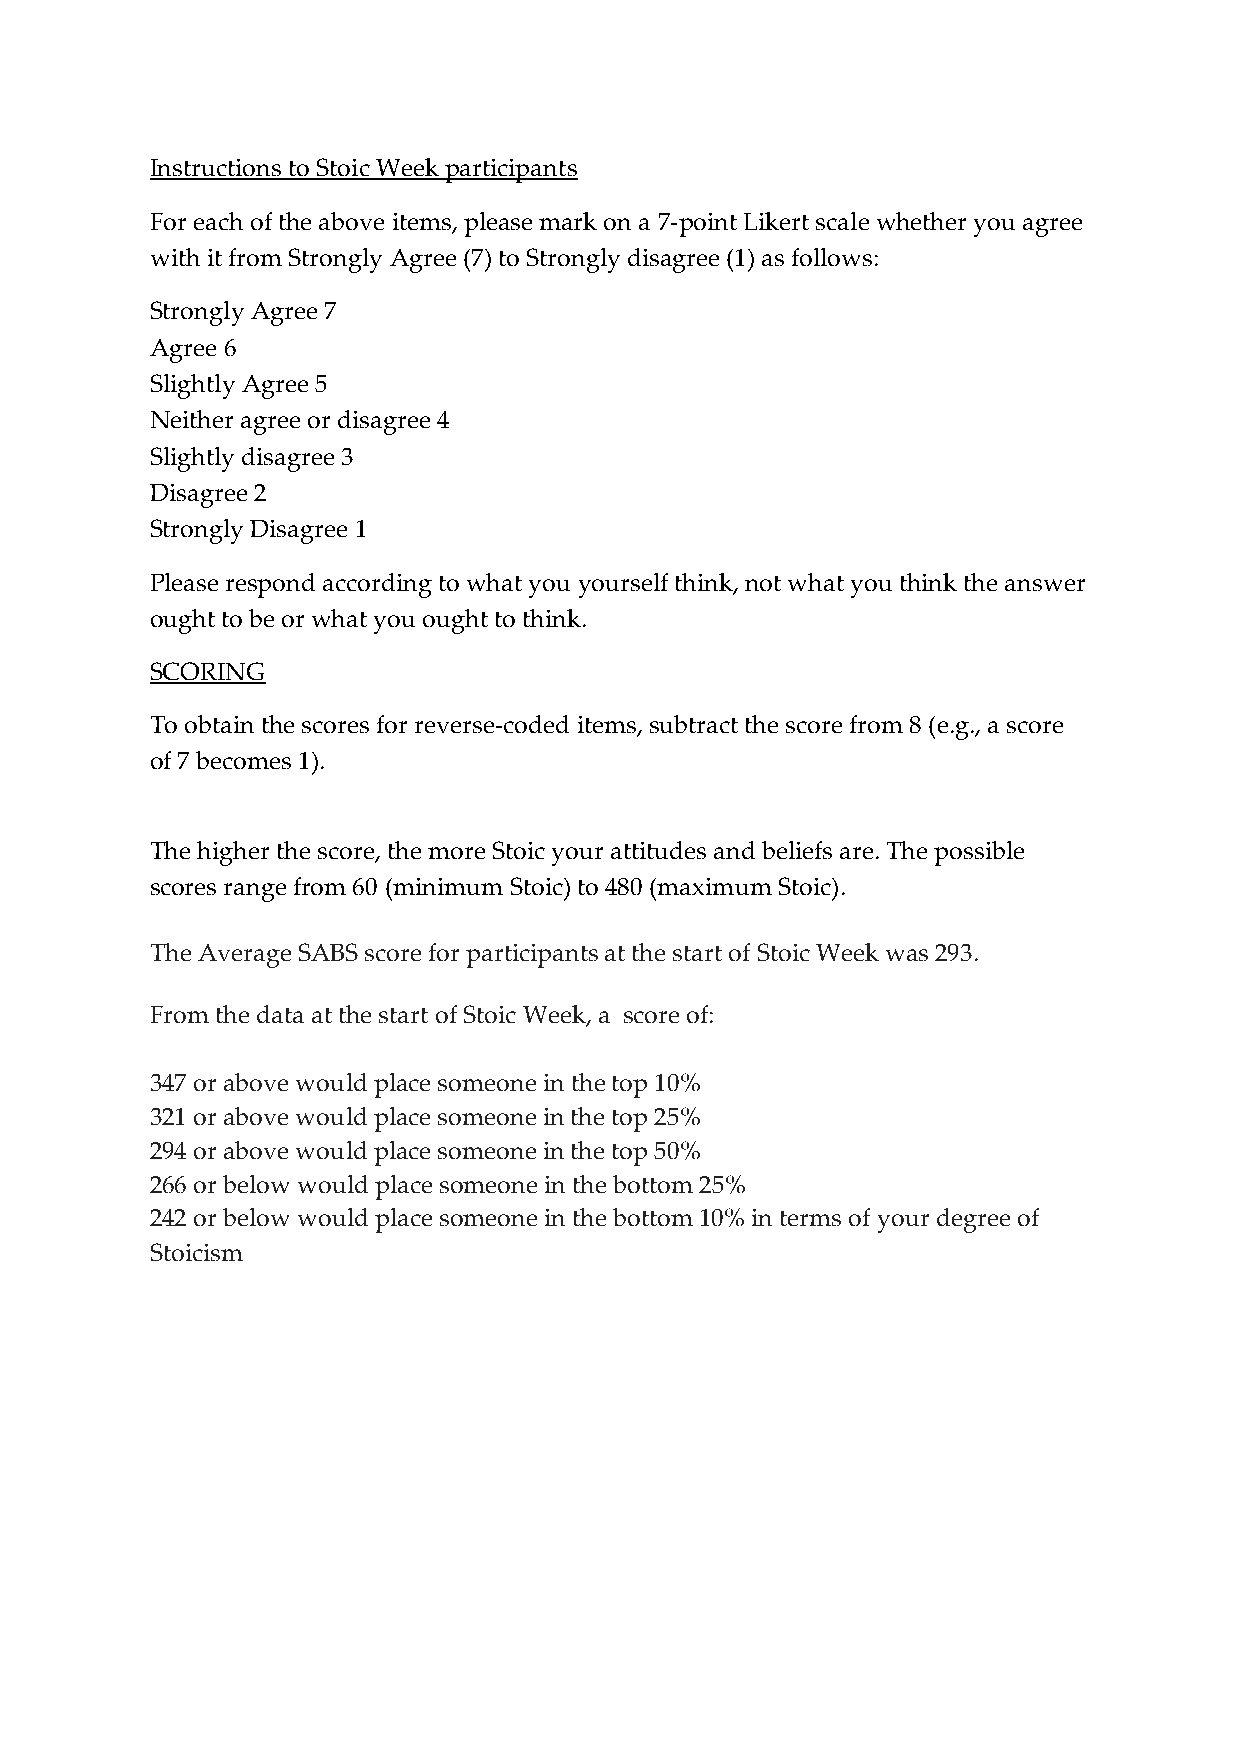
Instructions to Stoic Week participants
 For each of the above items, please mark on a 7-point Likert scale whether you agree
 with it from Strongly Agree (7) to Strongly disagree (1) as follows:
 Strongly Agree 7
 Agree 6
 Slightly Agree 5
 Neither agree or disagree 4
 Slightly disagree 3
 Disagree 2
 Strongly Disagree 1
 Please respond according to what you yourself think, not what you think the answer
 ought to be or what you ought to think.
 SCORING
 To obtain the scores for reverse-coded items, subtract the score from 8 (e.g., a score
 of 7 becomes 1).
 The higher the score, the more Stoic your attitudes and beliefs are. The possible
 scores range from 60 (minimum Stoic) to 480 (maximum Stoic).
 The Average SABS score for participants at the start of Stoic Week was 293.
 From the data at the start of Stoic Week, a score of:
 347 or above would place someone in the top 10%
 321 or above would place someone in the top 25%
 294 or above would place someone in the top 50%
 266 or below would place someone in the bottom 25%
 242 or below would place someone in the bottom 10% in terms of your degree of
 Stoicism